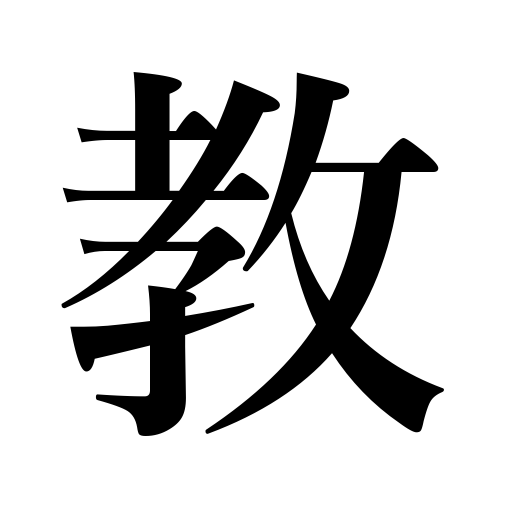
Meanings: learn,faith,teach,coach,take lessons in,give lessons,be taught,inform